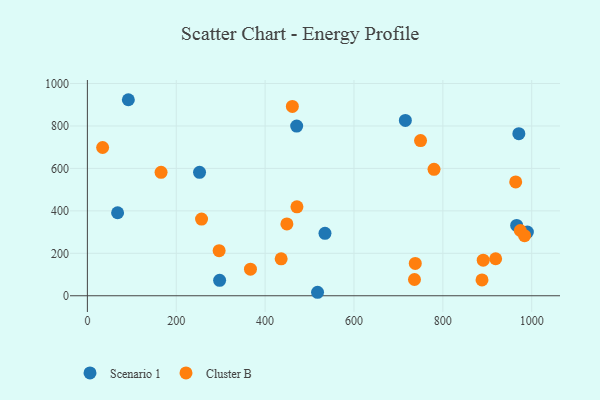
{"axis": {"x": "Ad Spend", "y": "Yield"}, "legend": ["Cluster B", "Scenario 1"], "data": [{"x": "971.0", "y": 763.8, "type": "Scenario 1"}, {"x": "297.6", "y": 72.5, "type": "Scenario 1"}, {"x": "534.7", "y": 294.3, "type": "Scenario 1"}, {"x": "715.6", "y": 826.0, "type": "Scenario 1"}, {"x": "252.4", "y": 581.8, "type": "Scenario 1"}, {"x": "68.0", "y": 391.1, "type": "Scenario 1"}, {"x": "92.2", "y": 923.7, "type": "Scenario 1"}, {"x": "518.0", "y": 16.4, "type": "Scenario 1"}, {"x": "990.2", "y": 300.2, "type": "Scenario 1"}, {"x": "966.1", "y": 331.6, "type": "Scenario 1"}, {"x": "471.0", "y": 799.6, "type": "Scenario 1"}, {"x": "780.1", "y": 595.9, "type": "Cluster B"}, {"x": "461.3", "y": 892.2, "type": "Cluster B"}, {"x": "449.0", "y": 338.7, "type": "Cluster B"}, {"x": "367.0", "y": 125.2, "type": "Cluster B"}, {"x": "34.3", "y": 698.6, "type": "Cluster B"}, {"x": "737.9", "y": 152.5, "type": "Cluster B"}, {"x": "974.3", "y": 307.5, "type": "Cluster B"}, {"x": "890.8", "y": 167.8, "type": "Cluster B"}, {"x": "983.9", "y": 283.2, "type": "Cluster B"}, {"x": "436.1", "y": 174.2, "type": "Cluster B"}, {"x": "471.6", "y": 419.2, "type": "Cluster B"}, {"x": "165.8", "y": 581.6, "type": "Cluster B"}, {"x": "888.1", "y": 74.4, "type": "Cluster B"}, {"x": "918.8", "y": 174.4, "type": "Cluster B"}, {"x": "963.9", "y": 536.6, "type": "Cluster B"}, {"x": "749.8", "y": 731.1, "type": "Cluster B"}, {"x": "296.5", "y": 212.3, "type": "Cluster B"}, {"x": "736.1", "y": 76.5, "type": "Cluster B"}, {"x": "256.9", "y": 361.3, "type": "Cluster B"}]}